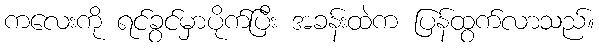
ကလေးကို ရင်ခွင်မှာပိုက်ပြီး အခန်းထဲက ပြန်ထွက်လာသည်။